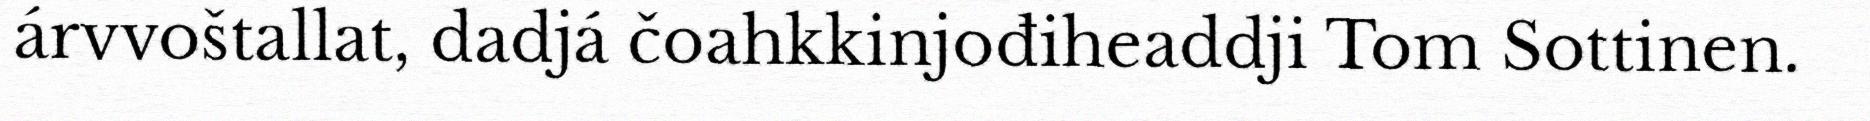
árvvoštallat, dadjá čoahkkinjođiheaddji Tom Sottinen.